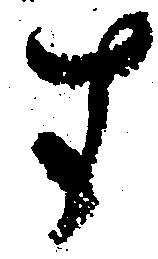
す